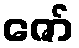
ဇော်